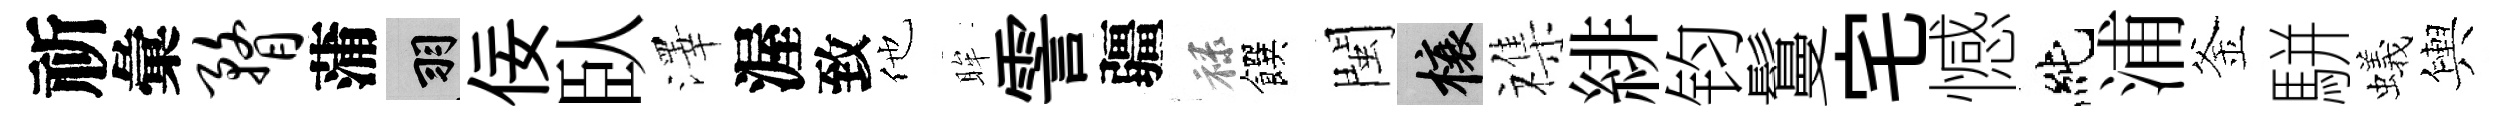
祈彙瞀蒲羽佞臥澤渥致他眸霅疆禄饌閩榱襍緋钧鬘宅憾純浦釜駢蟻輿